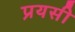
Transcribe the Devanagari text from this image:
प्रयसी